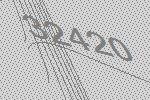
32420